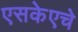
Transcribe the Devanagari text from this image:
एसकेएचे